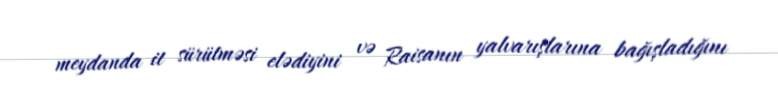
meydanda it sürütməsi elədiyini və Raisanın yalvarışlarına bağışladığını